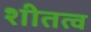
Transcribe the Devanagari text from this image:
शीतत्व